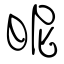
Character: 昵